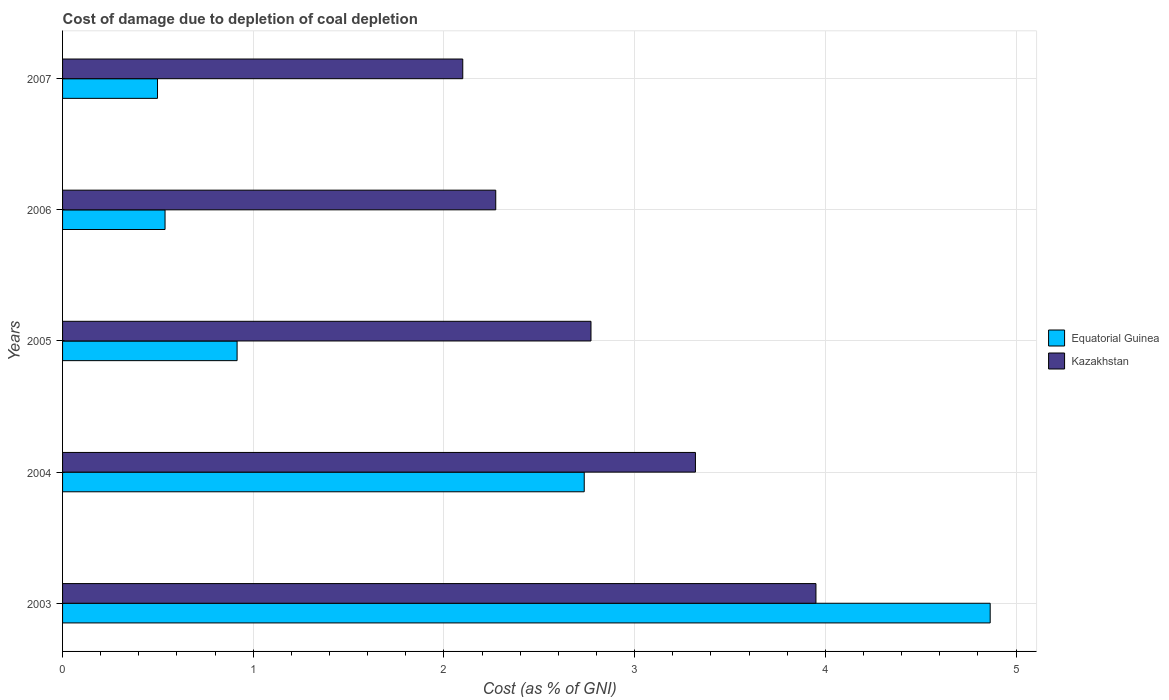
| Years | Equatorial Guinea | Kazakhstan |
 | --- | --- | --- |
 | 2003 | 4.86 | 3.95 |
 | 2004 | 2.74 | 3.32 |
 | 2005 | 0.915 | 2.77 |
 | 2006 | 0.537 | 2.27 |
 | 2007 | 0.498 | 2.1 |